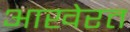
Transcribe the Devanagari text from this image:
आखेरत